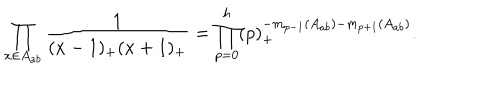
\prod _ { x \in A _ { a b } } \frac { 1 } { ( x - 1 ) _ { + } ( x + 1 ) _ { + } } = \prod _ { p = 0 } ^ { h } ( p ) _ { + } ^ { - m _ { p - 1 } ( A _ { a b } ) - m _ { p + 1 } ( A _ { a b } ) } .